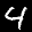
Label: 4